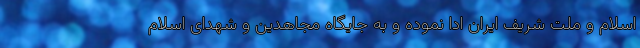
اسلام و ملت شریف ایران ادا نموده و به جایگاه مجاهدین و شهدای اسلام